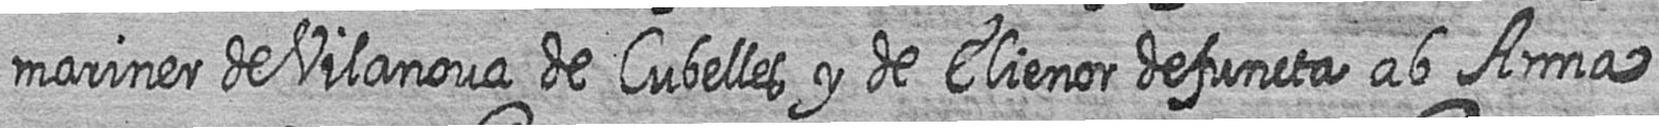
mariner de Vilanova de Cubelles y de Elienor defuncta ab Anna